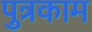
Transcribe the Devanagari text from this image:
पुत्रकाम